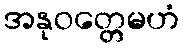
အနုဝတ္တေမဟံ